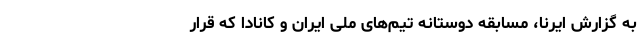
به گزارش ایرنا، مسابقه دوستانه تیم‌های ملی ایران و کانادا که قرار